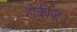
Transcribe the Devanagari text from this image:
होंकीज़।